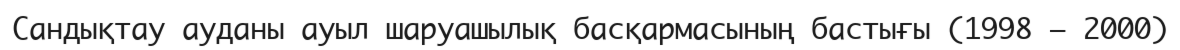
Сандықтау ауданы ауыл шаруашылық басқармасының бастығы (1998 – 2000)